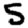
Digit: 5